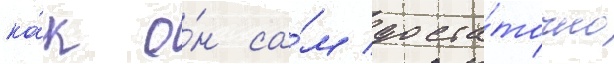
ка́к о́н са́м доста́точно